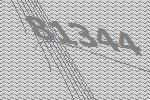
81344